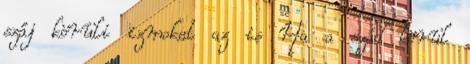
száj körüli izmokat az is Ha a szád körül